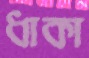
ধাকা